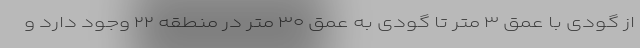
از گودی با عمق ۳ متر تا گودی به عمق ۳۰ متر در منطقه ۲۲ وجود دارد و